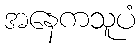
အနေကသူပံ